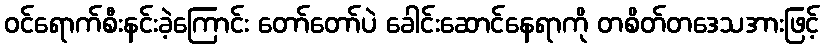
ဝင်ရောက်စီးနင်းခဲ့ကြောင်း တော်တော်ပဲ ခေါင်းဆောင်နေရာကို တစိတ်တဒေသအားဖြင့်